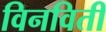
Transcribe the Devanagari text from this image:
विनविती